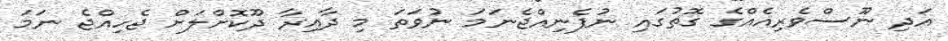
އަދި ނޫސްވެރިއެއްގެ ގޮތުގައި ނުފެނިއްޖެނަމަ ނުވަތަ މި ދާއިރާ ދޫކޮށްލަށް ޖެހިއްޖެ ނަމަ